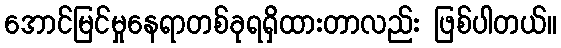
အောင်မြင်မှုနေရာတစ်ခုရရှိထားတာလည်း ဖြစ်ပါတယ်။